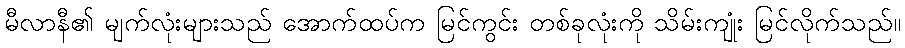
မီလာနီ၏ မျက်လုံးများသည် အောက်ထပ်က မြင်ကွင်း တစ်ခုလုံးကို သိမ်းကျုံး မြင်လိုက်သည်။